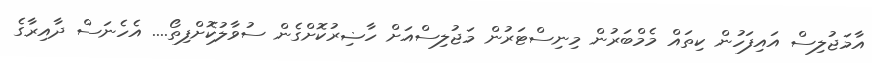
އާމަޖުލިސް އައިފަހުން ކިތައް މެމްބަރުން މިނިސްޓަރުން މަޖުލިސްއަށް ހާޟިރުކޮށްގެން ސުވާލުކޮށްފިތޯ.... އެހެނަސް ދާއިރާގެ